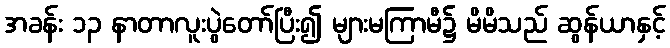
အခန်း ၁၃ နာတာလူးပွဲတော်ပြီး၍ များမကြာမီ၌ မိမိသည် ဆွန်ယာနှင့်